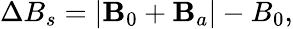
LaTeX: \Delta B_{s}=|\mathbf{B}_{0}+\mathbf{B}_{a}|-B_{0},